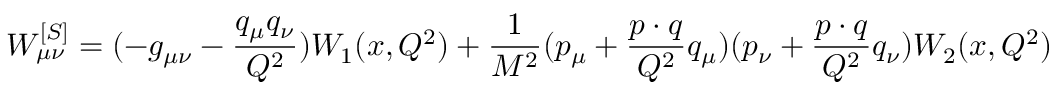
W _ { \mu \nu } ^ { [ S ] } = ( - g _ { \mu \nu } - { \frac { q _ { \mu } q _ { \nu } } { Q ^ { 2 } } } ) W _ { 1 } ( x , Q ^ { 2 } ) + \frac { 1 } { M ^ { 2 } } ( p _ { \mu } + { \frac { p \cdot q } { Q ^ { 2 } } } q _ { \mu } ) ( p _ { \nu } + { \frac { p \cdot q } { Q ^ { 2 } } } q _ { \nu } ) W _ { 2 } ( x , Q ^ { 2 } )